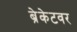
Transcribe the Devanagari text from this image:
ब्रेकेटवर